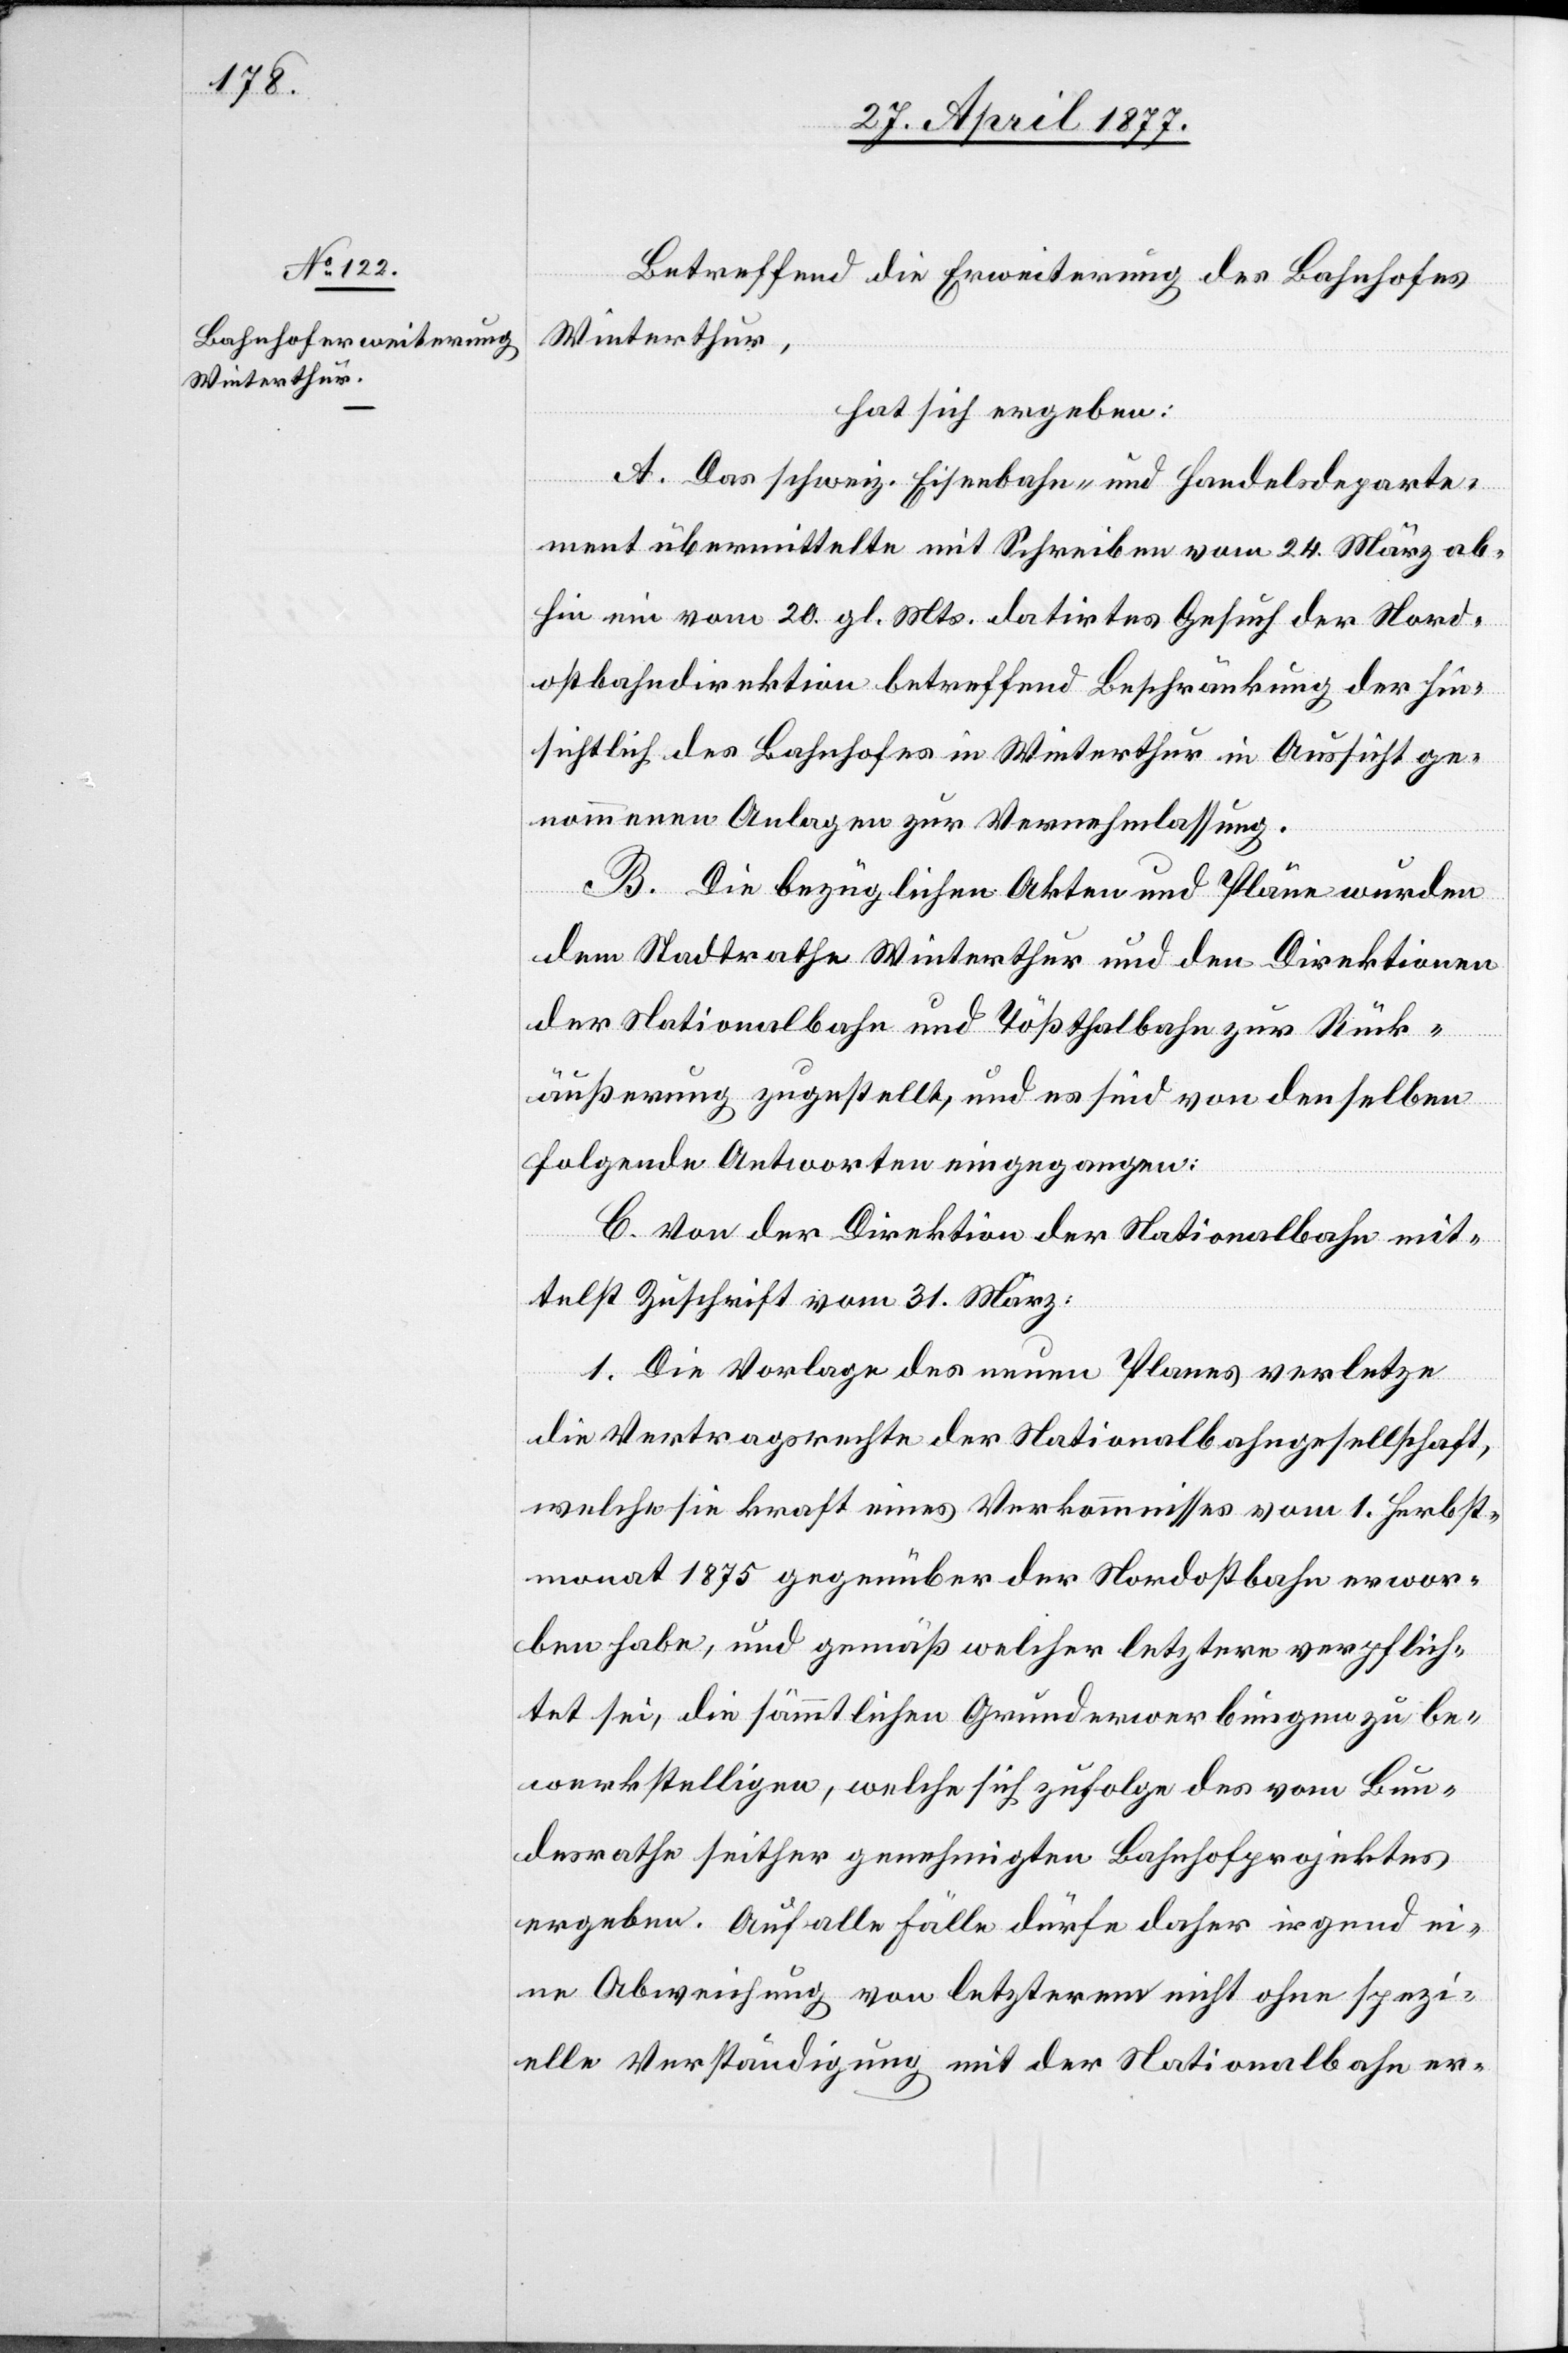
Betreffend die Erweiterung des Bahnhofes
Winterthur,
hat sich ergeben:
A. Das schweiz. Eisenbahn- und Handelsdeparte¬
ment übermittelte mit Schreiben vom 24. März ab¬
hin ein vom 20. gl. Mts. datirtes Gesuch der Nord¬
ostbahndirektion betreffend Beschränkung der hin¬
sichtlich des Bahnhofes in Winterthur in Aussicht ge¬
nommenen Anlagen zur Vernehmlassung.
B. Die bezüglichen Akten und Pläne wurden
dem Stadtrathe Winterthur und den Direktionen
der Nationalbahn und Tößthalbahn zur Rück¬
äußerung zugestellt, und es sind von denselben
folgende Antworten eingegangen:
C. Von der Direktion der Nationalbahn mit¬
telst Zuschrift vom 31. März:
1. Die Vorlage des neuen Planes verletze
die Vertragsrechte der Nationalbahngesellschaft,
welche sie kraft eines Verkommnisses vom 1. Herbst¬
monat 1875 gegenüber der Nordostbahn erwor¬
ben habe, und gemäß welcher letztere verpflich¬
tet sei, die sämmtlichen Grunderwerbungen zu be¬
werkstelligen, welche sich zufolge des vom Bun¬
desrathe seither genehmigten Bahnhofprojektes
ergeben. Auf alle Fälle dürfe daher irgend ei¬
ne Abweichung von letzterem nicht ohne spezi¬
elle Verständigung mit der Nationalbahn er-